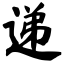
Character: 递